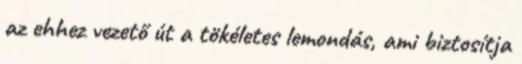
az ehhez vezető út a tökéletes lemondás, ami biztosítja